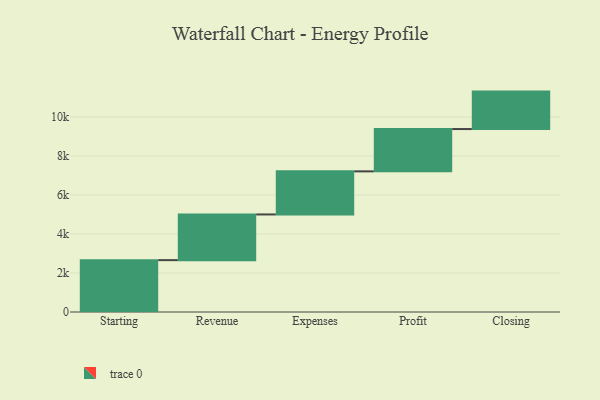
{"axis": {"x": "Step", "y": "Value"}, "legend": [""], "data": [{"x": "Starting", "y": 2659.0, "type": ""}, {"x": "Revenue", "y": 2342.0, "type": ""}, {"x": "Expenses", "y": 2209.0, "type": ""}, {"x": "Profit", "y": 2169.0, "type": ""}, {"x": "Closing", "y": 1920.0, "type": ""}]}